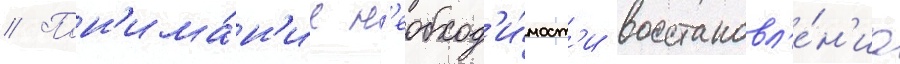
// Пон'има́н'ие н'еобход'и́мост'и восстановл'е́н'иа